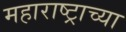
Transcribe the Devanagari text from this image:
महाराष्‍ट्राच्या